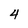
Character: 4